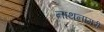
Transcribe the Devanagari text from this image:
नाथनागरी